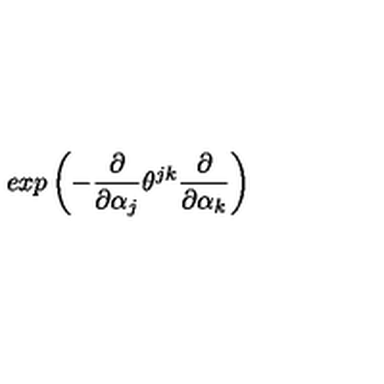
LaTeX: e x p \left( - \frac { \partial } { \partial \alpha _ { j } } \theta ^ { j k } \frac { \partial } { \partial \alpha _ { k } } \right)